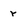
Character: r